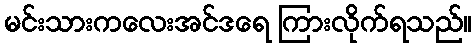
မင်းသားကလေးအင်ဒရေ ကြားလိုက်ရသည်။